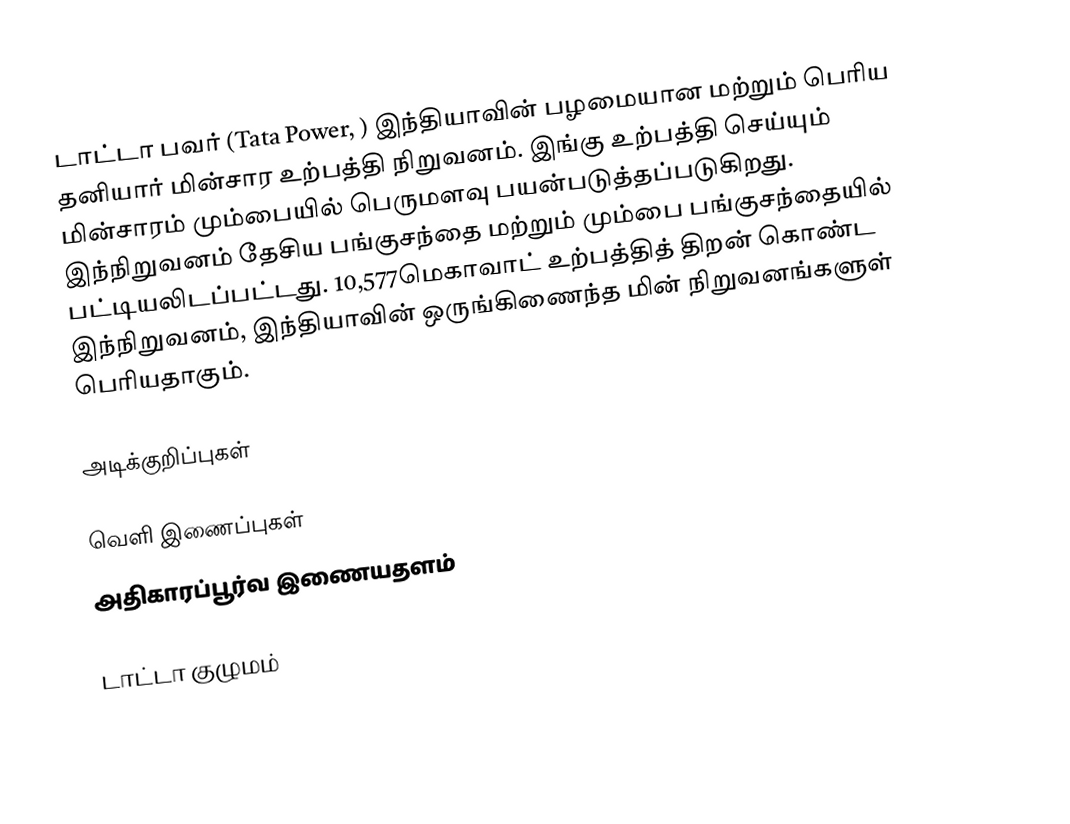
டாட்டா பவர் (Tata Power, ) இந்தியாவின் பழமையான மற்றும் பெரிய தனியார் மின்சார உற்பத்தி நிறுவனம். இங்கு உற்பத்தி செய்யும் மின்சாரம் மும்பையில் பெருமளவு பயன்படுத்தப்படுகிறது. இந்நிறுவனம் தேசிய பங்குசந்தை மற்றும் மும்பை பங்குசந்தையில் பட்டியலிடப்பட்டது. 10,577மெகாவாட் உற்பத்தித் திறன் கொண்ட இந்நிறுவனம், இந்தியாவின் ஒருங்கிணைந்த மின் நிறுவனங்களுள் பெரியதாகும்.

அடிக்குறிப்புகள்

வெளி இணைப்புகள்
 அதிகாரப்பூர்வ இணையதளம்

டாட்டா குழுமம்

sv:Tata (konglomerat)#Energi